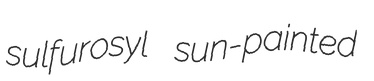
sulfurosyl sun-painted